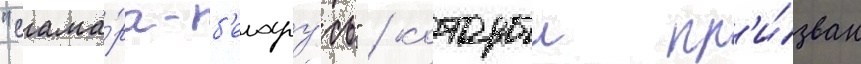
"сама́ра-б'елару́сь" / которыи пр'и́зван